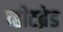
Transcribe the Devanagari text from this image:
व्हीटब्रेड